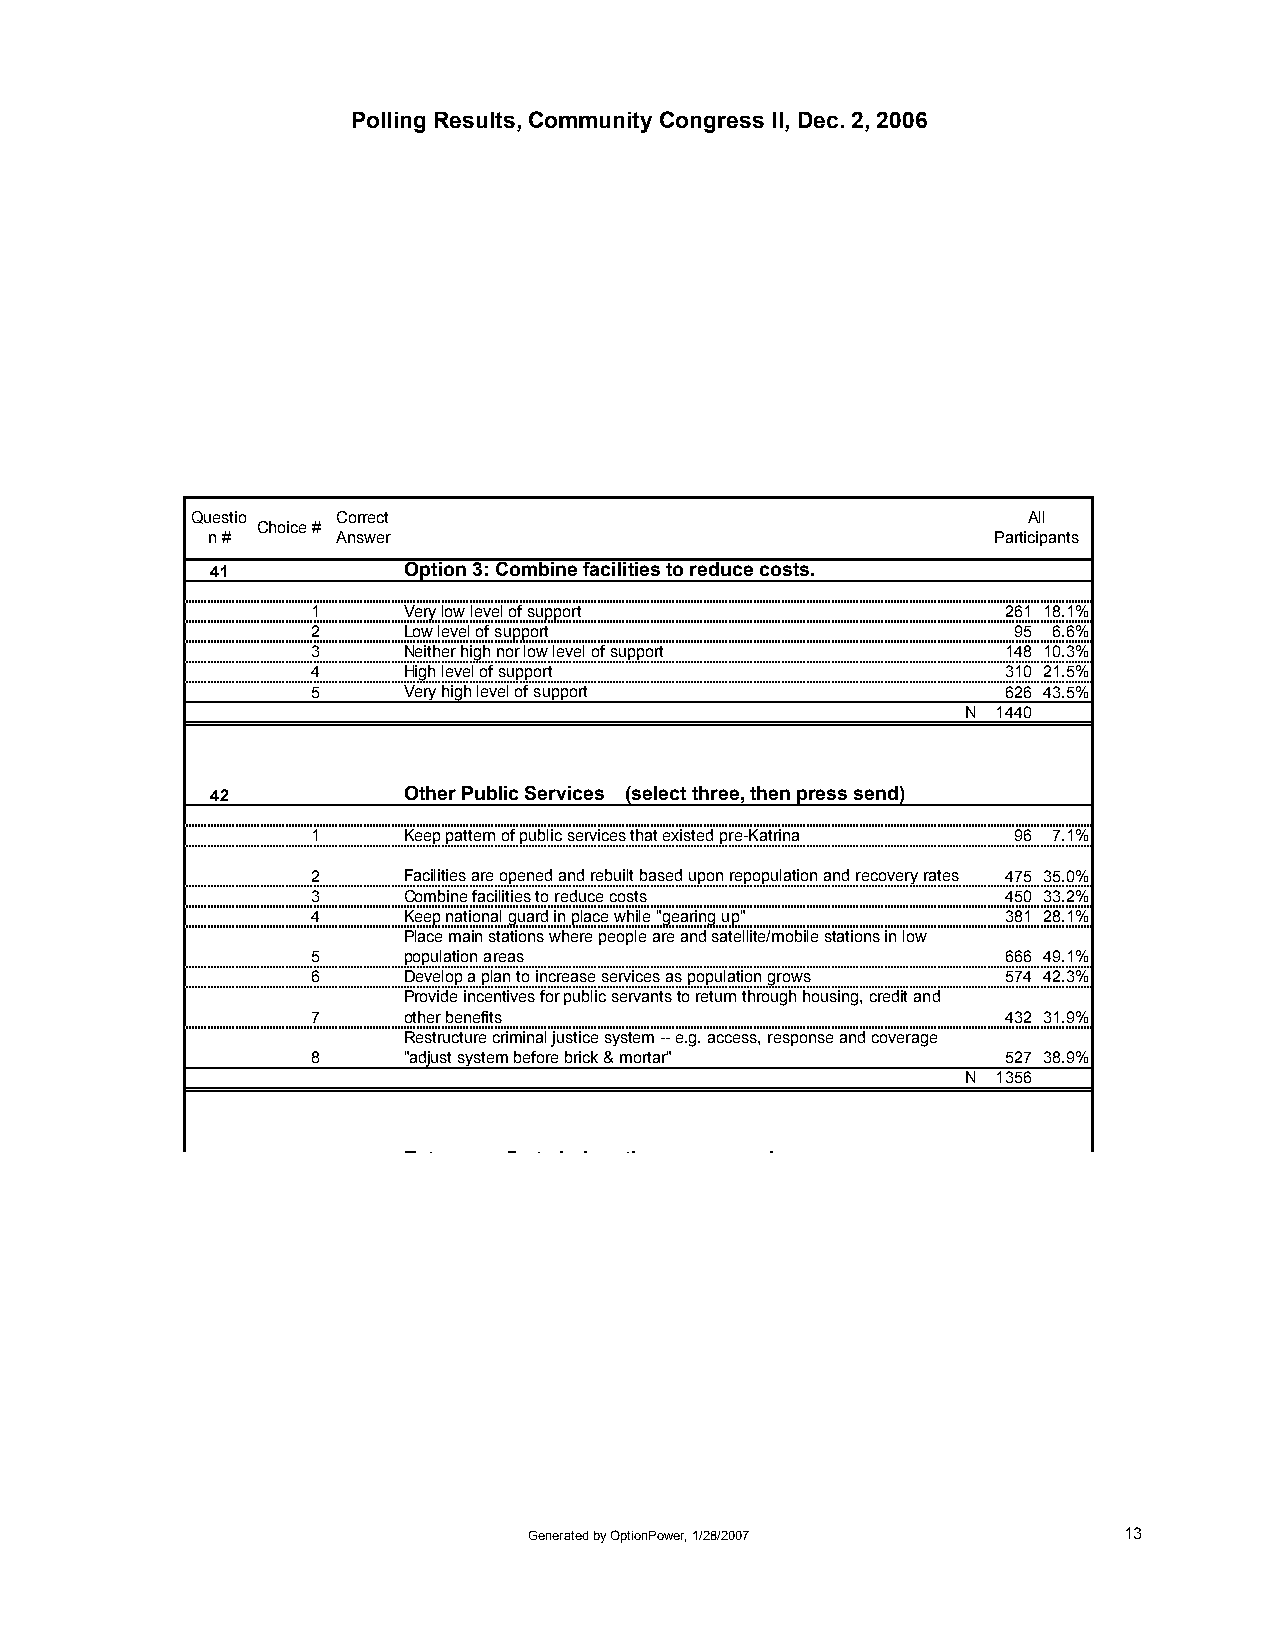
Polling Results, Community Congress II, Dec. 2, 2006
 Questio  Correct                                       All
 Choice #
 n #     Answer                                      Participants
 41           Option 3: Combine facilities to reduce costs.
 1     Very low level of support               261 18.1%
 2     Low level of support                    95 6.6%
 3     Neither high nor low level of support   148 10.3%
 4     High level of support                   310 21.5%
 5     Very high level of support              626 43.5%
 N 1440
 42           Other Public Services (select three, then press send)
 1     Keep pattern of public services that existed pre-Katrina 96 7.1%
 2     Facilities are opened and rebuilt based upon repopulation and recovery rates 475 35.0%
 3     Combine facilities to reduce costs      450 33.2%
 4     Keep national guard in place while "gearing up" 381 28.1%
 Place main stations where people are and satellite/mobile stations in low
 5     population areas                        666 49.1%
 6     Develop a plan to increase services as population grows 574 42.3%
 Provide incentives for public servants to return through housing, credit and
 7     other benefits                          432 31.9%
 Restructure criminal justice system -- e.g. access, response and coverage
 8     "adjust system before brick & mortar"   527 38.9%
 N 1356
 E t    fi t h i th     d
 Generated by OptionPower, 1/28/2007    13